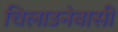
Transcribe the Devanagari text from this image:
चिलाउनेबासी